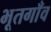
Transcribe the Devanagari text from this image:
भूतगाँव